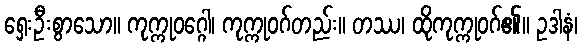
ရှေးဦးစွာသော။ ကုက္ကုဝဂ္ဂေါ၊ ကုက္ကုဝဂ်တည်း။ တဿ၊ ထိုကုက္ကုဝဂ်၏။ ဥဒါနံ၊